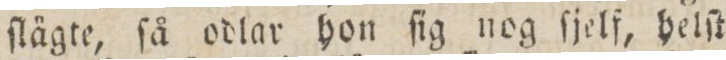
ſlägte, ſå odlar hon ſig nog ſjelf, helſt